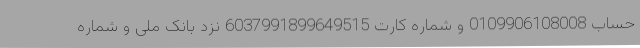
حساب 0109906108008 و شماره کارت 6037991899649515 نزد بانک ملی و شماره